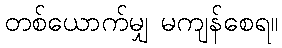
တစ်ယောက်မျှ မကျန်စေရ။